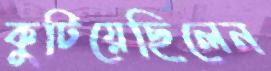
কুটিয়েছিলেন